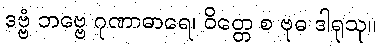
ဒဗ္ဗံ ဘဗ္ဗေ ဂုဏာဓာရေ၊ ဝိတ္တေ စ ဗုဓ ဒါရုသု။